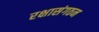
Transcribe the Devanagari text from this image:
रक्षासंगठन